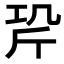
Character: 𭤡